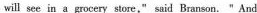
wil see in a gocery store,"said Branscn. "And